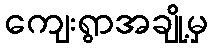
ကျေးရွာအချို့မှ